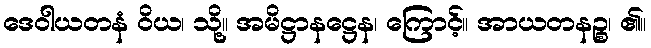
ဒေဝါယတနံ ဝိယ၊ သို့။ အမိဋ္ဌာနဋ္ဌေန၊ ကြောင့်။ အာယတနဉ္စ၊ ၏။